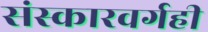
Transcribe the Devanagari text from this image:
संस्कारवर्गही